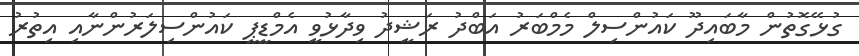
ގުޅޭގޮތުން މާބައިދޫ ކައުންސިލް މެމްބަރު އަބްދު ރަޝީދު ވިދާޅުވީ އެމްޑީޕީ ކައުންސިލަރުންނާއި އިތުރު